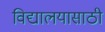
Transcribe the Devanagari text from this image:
विद्यालयासाठी